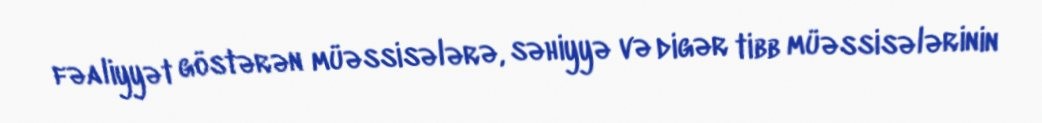
fəaliyyət göstərən müəssisələrə, səhiyyə və digər tibb müəssisələrinin